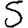
Digit: 5